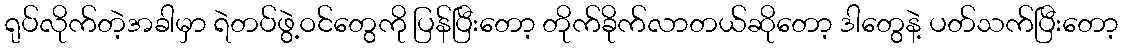
ရုပ်လိုက်တဲ့အခါမှာ ရဲတပ်ဖွဲ့ဝင်တွေကို ပြန်ပြီးတော့ တိုက်ခိုက်လာတယ်ဆိုတော့ ဒါတွေနဲ့ ပတ်သက်ပြီးတော့